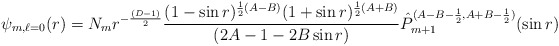
\begin{align*}\psi_{m,\ell=0}(r)=N_mr^{-\frac{(D-1)}{2}}\frac{(1-\sin{r})^{\frac{1}{2}(A-B)}(1+\sin{r})^{\frac{1}{2}(A+B)}}{(2A-1-2B\sin{r})}\hat{P}_{m+1}^{(A-B-\frac{1}{2}, A+B-\frac{1}{2})}(\sin{r})\end{align*}